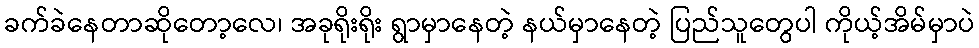
ခက်ခဲနေတာဆိုတော့လေ၊ အခုရိုးရိုး ရွာမှာနေတဲ့ နယ်မှာနေတဲ့ ပြည်သူတွေပါ ကိုယ့်အိမ်မှာပဲ